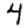
Digit: 4